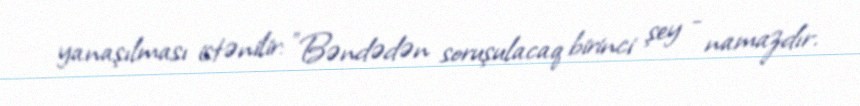
yanaşılması istənilir: "Bəndədən soruşulacaq birinci şey - namazdır.